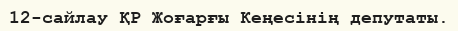
12-сайлау ҚР Жоғарғы Кеңесінің депутаты.